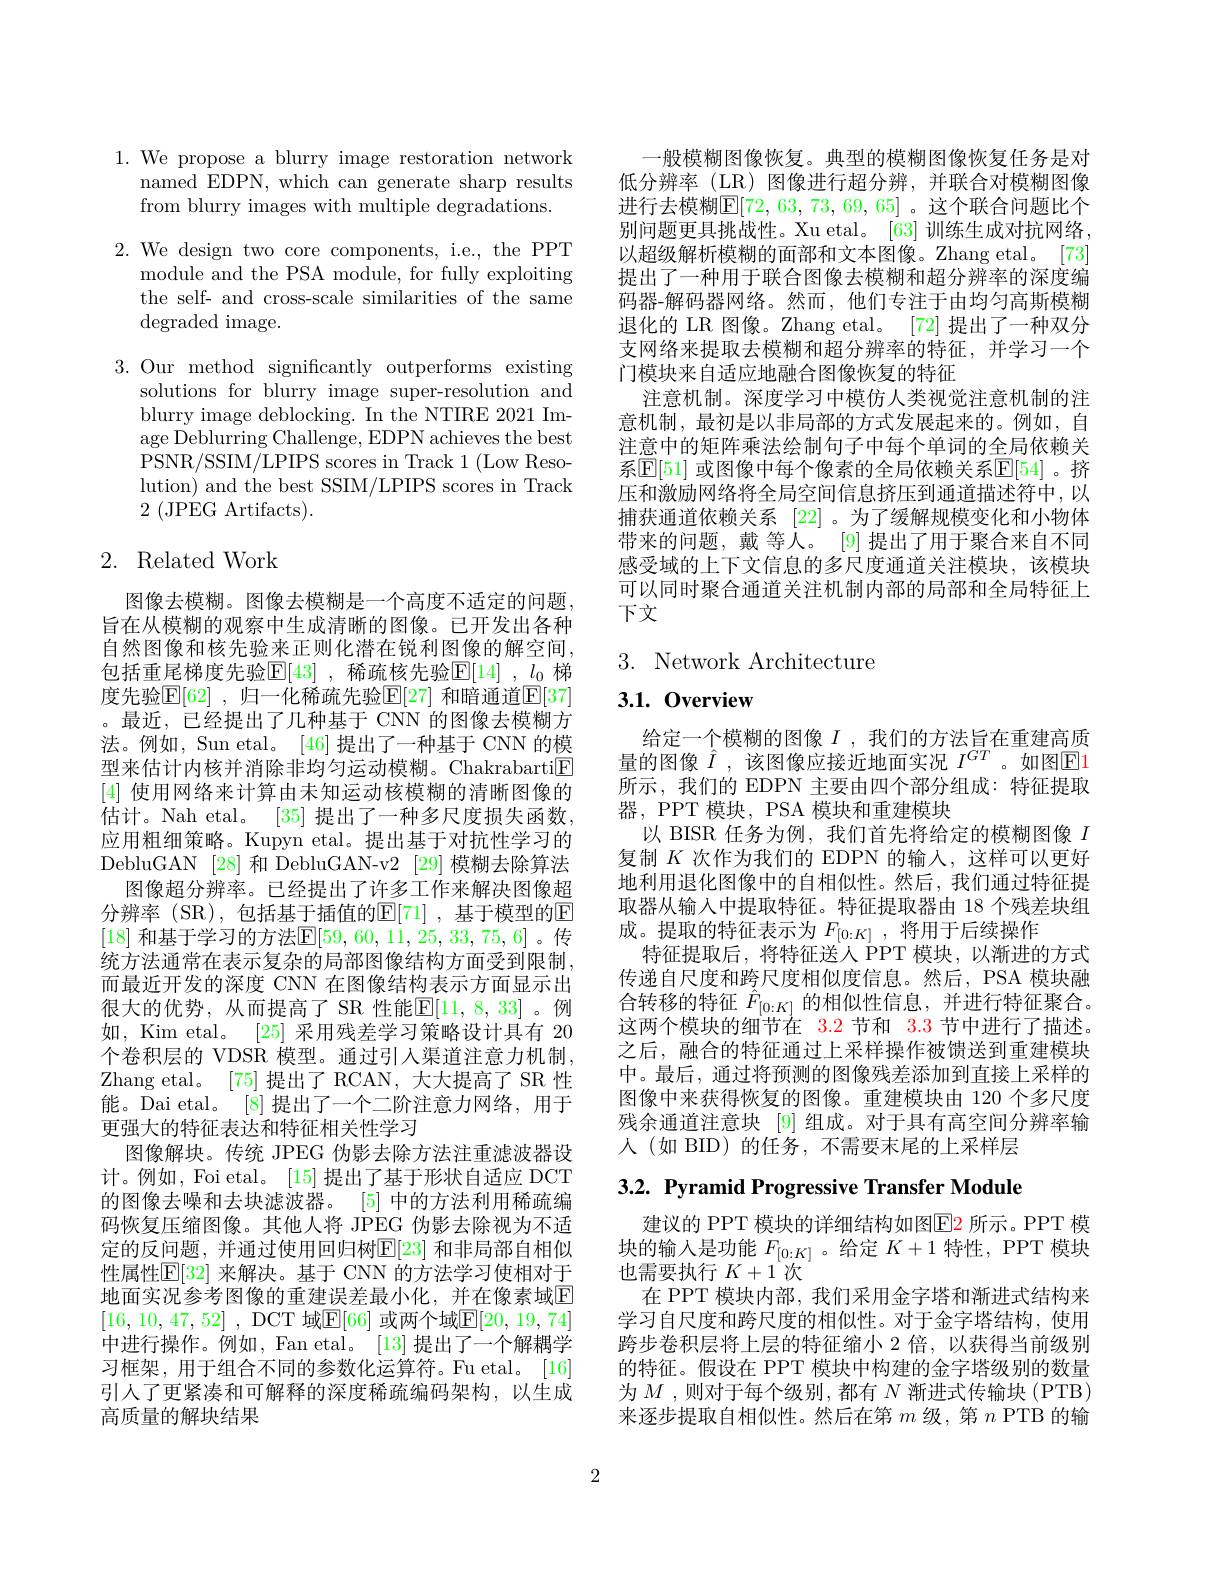
1.We propose a blurry image restoration network
named EDPN, which can generate sharp results
from blurry images with multiple degradations.

2. We design two core components, i.e., the PPT
module and the PSA module, for fully exploiting the self- and cross-scale similarities of the same degraded image.

3.Our method significantly outperforms existing
solutions for blurry image super-resolution and blurry image deblocking. In the NTIRE 2021 Image Deblurring Challenge, EDPN achieves the best PSNR/SSIM/LPIPS scores in Track 1 (Low Resolution) and the best SSIM/LPIPS scores in Track $2\pmod{2}$ (JPEG Artifacts).

## 2. Related Work

图像去模糊。图像去模糊是一个高度不适定的问题， 旨在从模糊的观察中生成清晰的图像。已开发出各种自然图像和核先验来正则化潜在锐利图像的解空间， 包括重尾梯度先验$\mathbb{E} [ 43]$ , 稀疏核先验$\mathbb{E} [ 14]$ $, l_0$ 梯度先验$\mathbb{E}[62]$ ,归一化稀疏先验$\mathbb{E}[27]$ 和暗通道$\mathbb{E}[37]$ 。最近，已经提出了几种基于 CNN 的图像去模糊方法。例如，Sun etal。[46]提出了一种基于 CNN 的模型来估计内核并消除非均匀运动模糊。Chakrabarti$\boxed{\mathrm{F}}$ [4]使用网络来计算由未知运动核模糊的清晰图像的估计。Nah etal。[35] 提出了一种多尺度损失函数， 应用粗细策略。Kupyn etal。提出基于对抗性学习的DebluGAN [28] 和 DebluGAN-v2 [29] 模糊去除算法
图像超分辨率。已经提出了许多工作来解决图像超分辨率(SR),包括基于插值的$\mathbb{E}[71]$,基于模型的E [18] 和基于学习的方法$\mathbb{E}[59,60,11,25,33,75,6]$。传统方法通常在表示复杂的局部图像结构方面受到限制， 而最近开发的深度 CNN 在图像结构表示方面显示出很大的优势，从而提高了 SR 性能$\mathbb{E}[11,8,33]$。例如，Kim etal。[25]采用残差学习策略设计具有 20个卷积层的 VDSR 模型。通过引人渠道注意力机制， Zhang etal。[75]提出了 RCAN,大大提高了 SR 性能。Dai etal。[8] 提出了一个二阶注意力网络，用于更强大的特征表达和特征相关性学习
图像解块。传统 JPEG 伪影去除方法注重滤波器设计。例如，Foi etal。[15] 提出了基于形状自适应 DCT 的图像去噪和去块滤波器。[5] 中的方法利用稀疏编码恢复压缩图像。其他人将 JPEG 伪影去除视为不适定的反问题，并通过使用回归树$\mathbb{E}[23]$ 和非局部自相似性属性$\mathbb{E}[32]$ 来解决。基于 CNN 的方法学习使相对于地面实况参考图像的重建误差最小化，并在像素域$\overline{\mathrm{E}}$ [16,10,47,52] , DCT 域$\overline{\mathrm{E}}[66]$ 或两个域$\underline{\mathrm{E}}[20,19,74]$ 中进行操作。例如，Fan etal。[13]提出了一个解耦学习框架，用于组合不同的参数化运算符。Fu etal。[16] 引入了更紧凑和可解释的深度稀疏编码架构，以生成高质量的解块结果

一般模糊图像恢复。典型的模糊图像恢复任务是对低分辨率 (LR) 图像进行超分辨，并联合对模糊图像进行去模糊$\mathbb{E}[72,63,73,69,65]$。这个联合问题比个别问题更具挑战性。Xu etal。[63] 训练生成对抗网络以超级解析模糊的面部和文本图像。Zhang etal。[73] 提出了一种用于联合图像去模糊和超分辨率的深度编码器-解码器网络。然而，他们专注于由均匀高斯模糊退化的 LR 图像。Zhang etal。[72] 提出了一种双分支网络来提取去模糊和超分辨率的特征，并学习一个门模块来自适应地融合图像恢复的特征
注意机制。深度学习中模仿人类视觉注意机制的注意机制，最初是以非局部的方式发展起来的。例如，自注意中的矩阵乘法绘制句子中每个单词的全局依赖关系$\mathbb{E}[51]$ 或图像中每个像素的全局依赖关系$\mathbb{E}[54]$ 。挤压和激励网络将全局空间信息挤压到通道描述符中，以捕获通道依赖关系[22] 。为了缓解规模变化和小物体带来的问题，戴 等人。[9] 提出了用于聚合来自不同感受域的上下文信息的多尺度通道关注模块，该模块可以同时聚合通道关注机制内部的局部和全局特征上下文

## 3. Network Architecture

3.1.0verview

给定一个模糊的图像$I$ ,我们的方法旨在重建高质量的图像$\hat{I}$,该图像应接近地面实况$I^GT$。如图E1所示，我们的 EDPN 主要由四个部分组成：特征提取器，PPT 模块，PSA 模块和重建模块
以 BISR 任务为例，我们首先将给定的模糊图像$I$ 复制$K$次作为我们的 EDPN 的输入，这样可以更好地利用退化图像中的自相似性。然后，我们通过特征提取器从输入中提取特征。特征提取器由 18 个残差块组成。提取的特征表示为$F_{[0:K]}$ ,将用于后续操作
特征提取后，将特征送人 PPT 模块，以渐进的方式传递自尺度和跨尺度相似度信息。然后，PSA 模块融合转移的特征$\hat{F}_{[0:K]}$的相似性信息，并进行特征聚合。这两个模块的细节在 3.2 节和$\color{red}{3.3}$节中进行了描述。之后，融合的特征通过上采样操作被馈送到重建模块中。最后，通过将预测的图像残差添加到直接上采样的图像中来获得恢复的图像。重建模块由 120 个多尺度残余通道注意块 [9] 组成。对于具有高空间分辨率输人(如 BID)的任务，不需要末尾的上采样层

3.2. Pyramid Progressive Transfer Module

建议的 PPT 模块的详细结构如图$\color{red}{\mathrm{E2}}$ 所示。PPT 模块的输入是功能$F_{[0:K]}$ 。给定$K+1$特性，PPT 模块也需要执行$K+1$次
在 PPT 模块内部，我们采用金字塔和渐进式结构来学习自尺度和跨尺度的相似性。对于金字塔结构，使用跨步卷积层将上层的特征缩小 2 倍，以获得当前级别的特征。假设在 PPT 模块中构建的金字塔级别的数量为$M$ ,则对于每个级别，都有$N$渐进式传输块 (PTB) 来逐步提取自相似性。然后在第$m$级，第$n$ PTB 的输

2